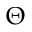
\Theta